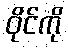
ဝိုင်ကို